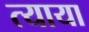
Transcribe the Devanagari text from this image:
त्याया